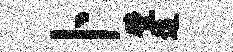
卜壁追